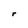
Character: r